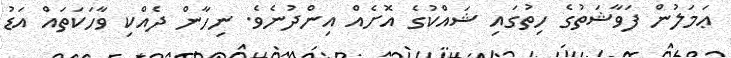
ޢަމަލުން ފަވާޝަތުގެ ހިތުގައި ޝައްކުގެ އޮށެއް އިންދުނެވެ. ނިހާން ދެއްކި ވާހަކަތައް އަޑު